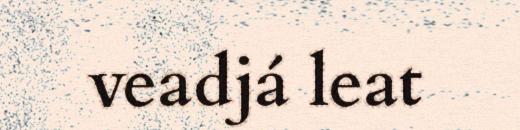
veadjá leat